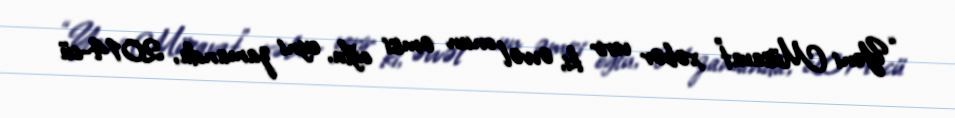
“Yeni Müsavat” xəbər verir ki, əvvəl onun əmisi oğlu, eyni zamanda, 2014-cü